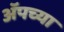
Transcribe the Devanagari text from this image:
अॅपच्या